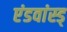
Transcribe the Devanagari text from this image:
एंडवांस्ड्